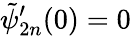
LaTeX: \tilde{\psi}_{2n}^{\prime}(0)=0